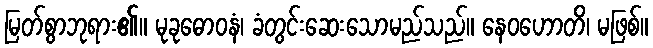
မြတ်စွာဘုရား၏။ မုခုဓောဝနံ၊ ခံတွင်းဆေးသောမည်သည်။ နေဝဟောတိ၊ မဖြစ်။